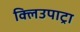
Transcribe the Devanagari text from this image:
क्लिउपाट्रा